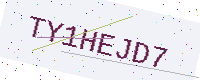
Text: TY1HEJD7